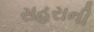
સહરાની